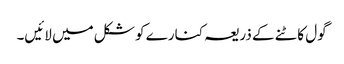
گول کاٹنے کے ذریعہ کنارے کو شکل میں لائیں۔